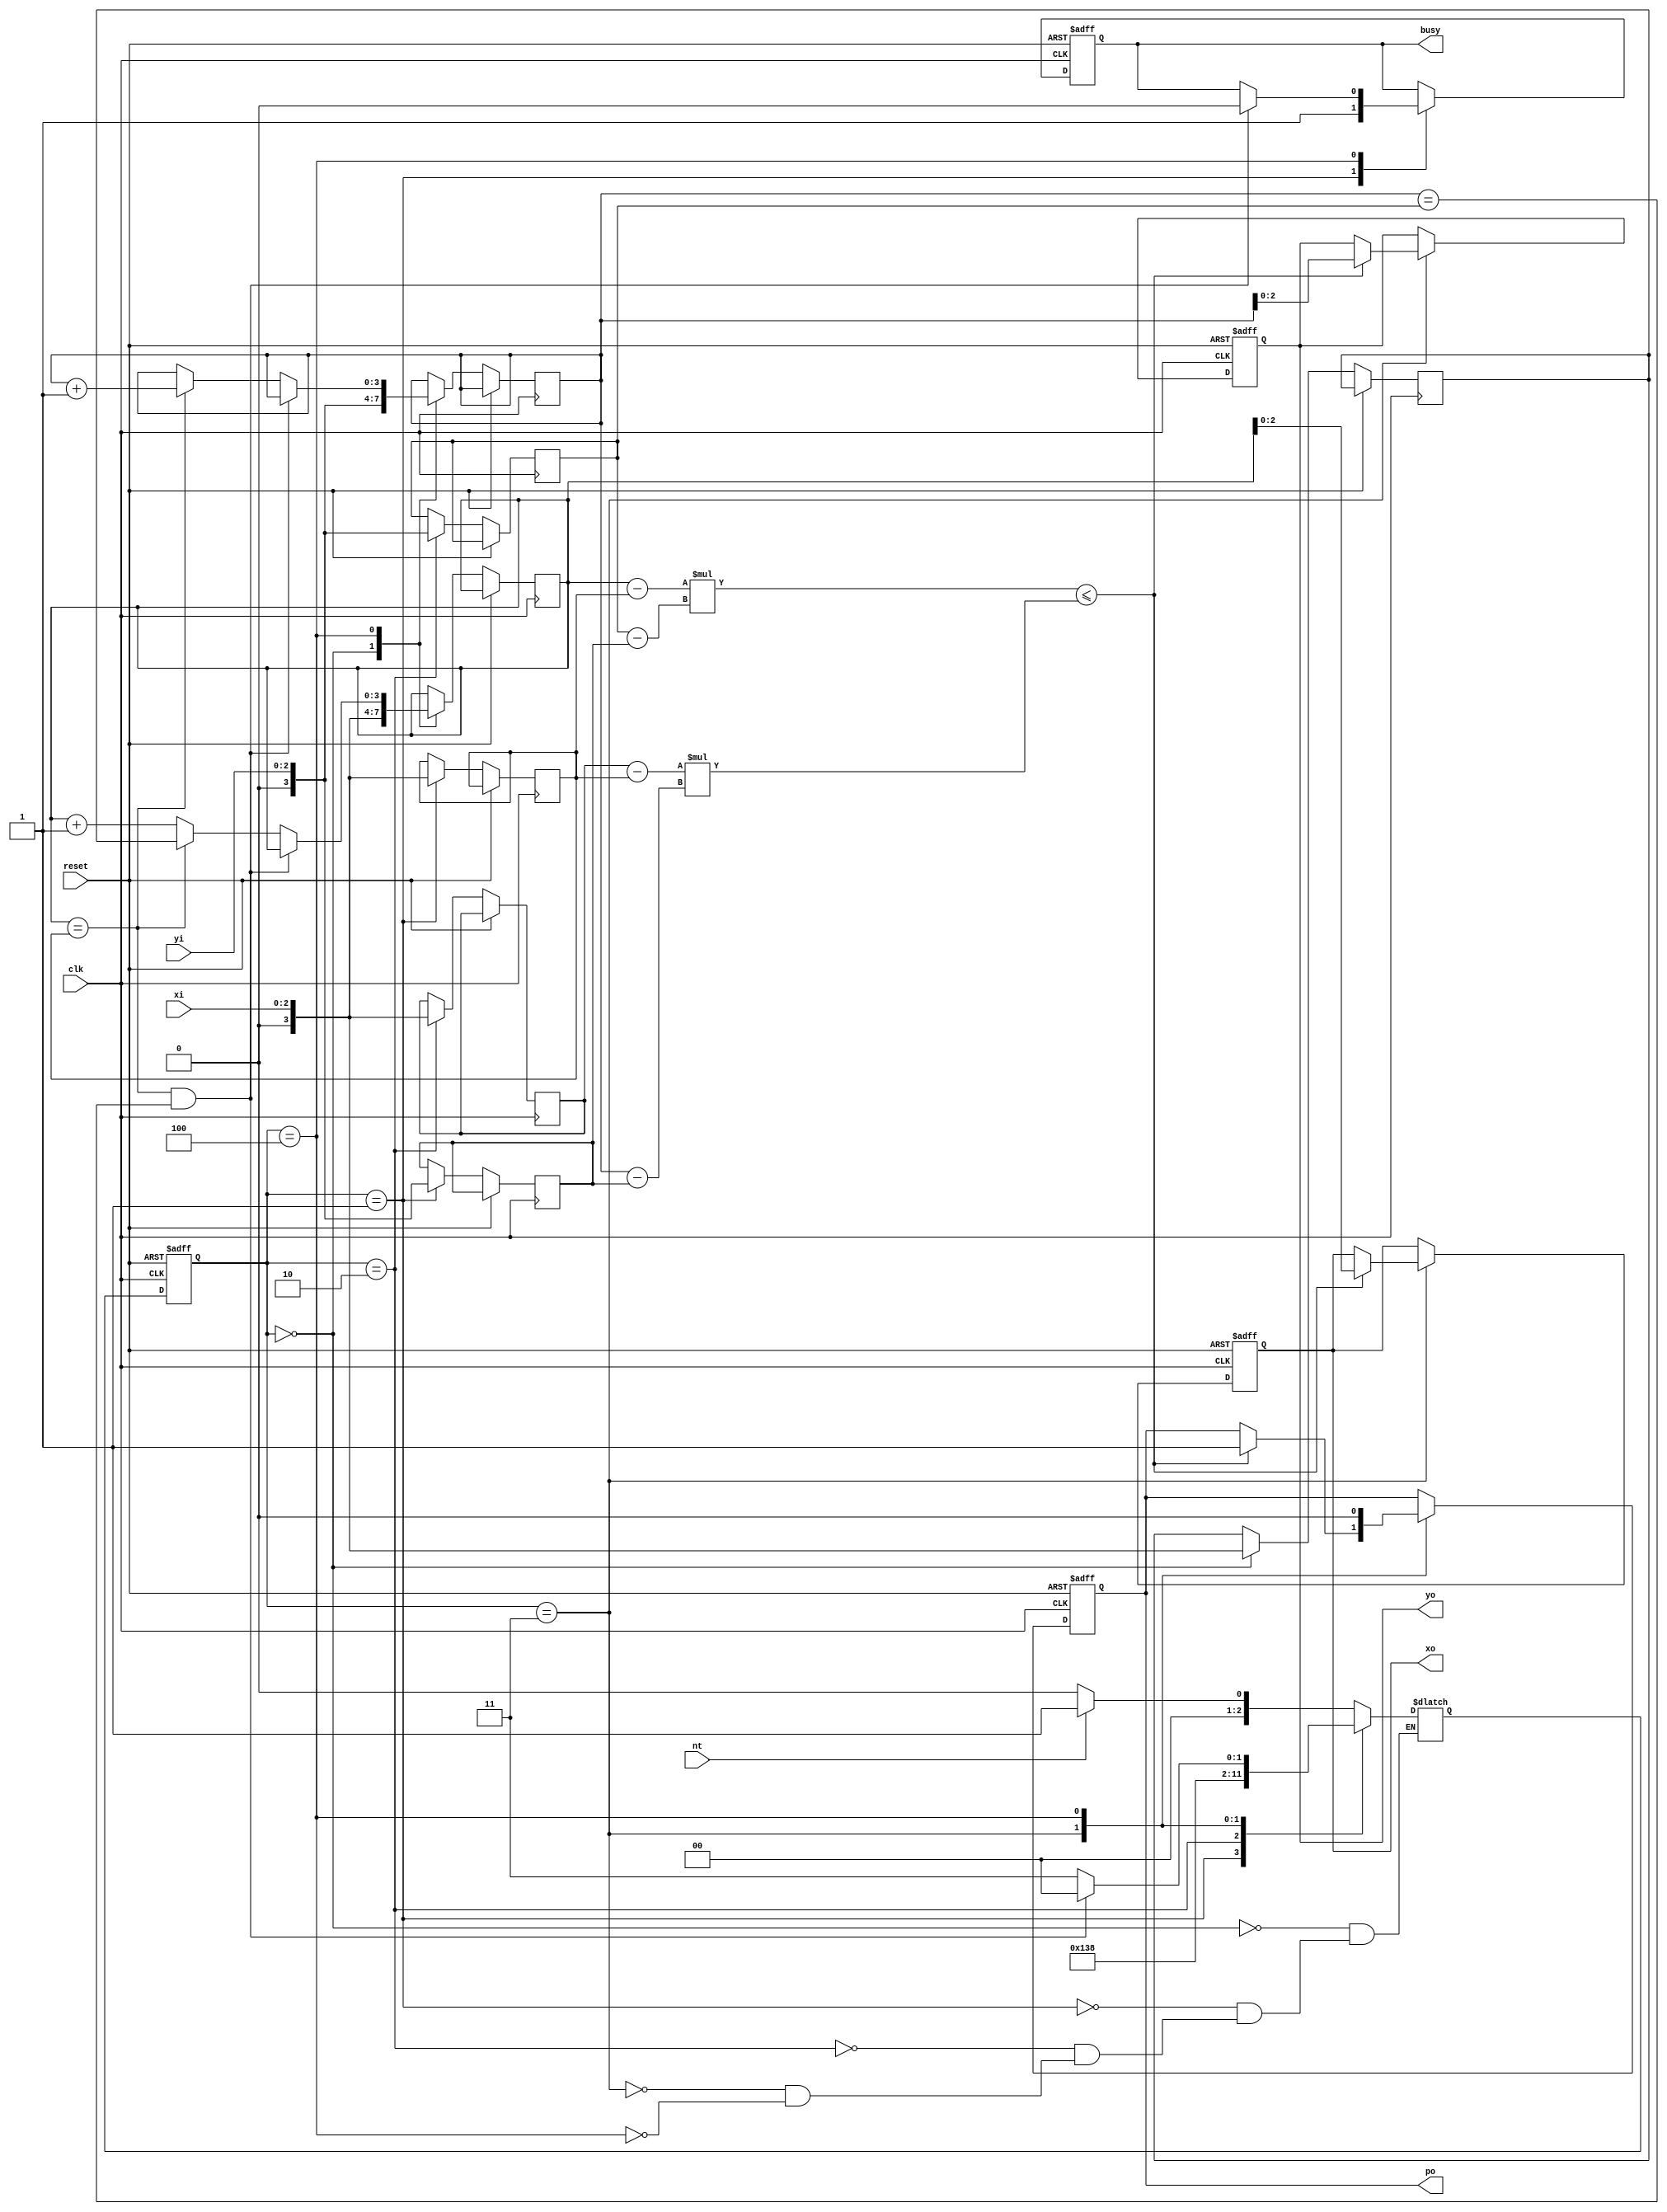
module triangle (clk, reset, nt, xi, yi, busy, po, xo, yo);
  input clk, reset, nt;
  input [2:0] xi, yi;
  output busy, po;
  output [2:0] xo, yo;
  
  reg busy, po;
  reg [2:0] xo, yo;

  reg [2:0] cur_state, next_state;
  reg signed [3:0] X, Y, X_m, Y_m, X1, Y2, X3; // x2 is X_m, y3 is Y_m 
  reg signed [7:0] LHS, RHS;
  
  always @(posedge clk or posedge reset) begin
    if(reset) 
      cur_state <= 0;
    else
      cur_state <= next_state;
  end

  always @(*) begin
    case(cur_state)
      0: begin
        if(nt)
          next_state <= 1;
        else
          next_state <= 0;
      end
      1: begin
        next_state <= 2;
      end
      2: begin
        next_state <= 3;
      end
      3: begin
        next_state <= 4;
      end
      4: begin
        if(X == X_m && Y == Y_m) 
          next_state <= 0;
        else
          next_state <= 3;
      end
    endcase
  end

  always @(*) begin
    LHS <= (X - X_m) * (Y_m - Y2);
    RHS <= (X3 - X_m) * (Y - Y2);
  end

  always @(posedge clk or posedge reset) begin
    if(reset) begin
      po <= 1'd0;
      busy <= 1'd0;
      xo <= 3'd0;
      yo <= 3'd0;
    end
    else begin
      case(cur_state)
        0: begin
          X <= {1'd0, xi};
          X1 <= {1'd0, xi};
          Y <= {1'd0, yi};
        end
        1: begin
          X_m <= {1'd0, xi};
          Y2 <= {1'd0, yi};
          busy <= 1'd1;
        end
        2: begin
          X3 <= {1'd0, xi};
          Y_m <= {1'd0, yi};
        end
        3: begin
          if(LHS <= RHS)begin
            po <= 1'd1;
            xo <= X;
            yo <= Y;
          end
        end
        4: begin
          po <= 1'd0;
          if(X == X_m && Y == Y_m) begin
            busy <= 1'd0;
          end
          else if(X == X_m) begin
            Y <= Y + 4'd1;
            X <= X1;
          end
          else begin
            X <= X + 4'd1;
          end
        end
      endcase
    end
  end

endmodule